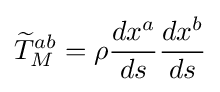
{\widetilde {T}}_{M}^{ab}=\rho {\frac {dx^{a}}{ds}}{\frac {dx^{b}}{ds}}